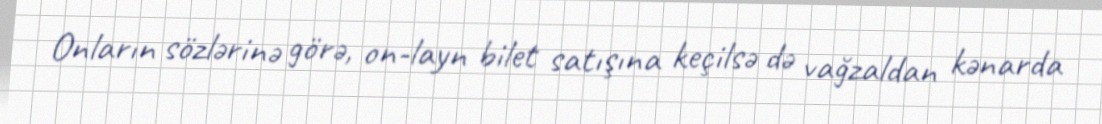
Onların sözlərinə görə, on-layn bilet satışına keçilsə də vağzaldan kənarda